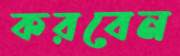
করবেন